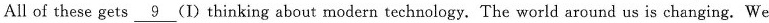
All of these gets \underline{9} (I) thinking about modern technology. The world around us is changing. We